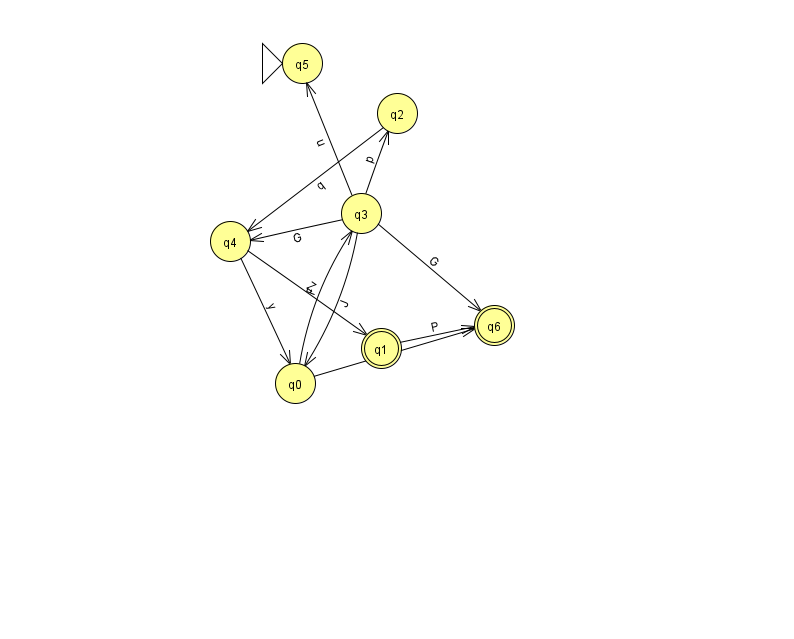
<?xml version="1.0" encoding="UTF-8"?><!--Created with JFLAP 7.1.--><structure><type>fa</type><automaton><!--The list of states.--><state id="0" name="q0"><x>295.0</x><y>370.0</y></state><state id="1" name="q1"><x>381.0</x><y>335.0</y><final/></state><state id="2" name="q2"><x>397.0</x><y>100.0</y></state><state id="3" name="q3"><x>361.0</x><y>200.0</y></state><state id="4" name="q4"><x>230.0</x><y>228.0</y></state><state id="5" name="q5"><x>302.0</x><y>50.0</y><initial/></state><state id="6" name="q6"><x>494.0</x><y>312.0</y><final/></state><!--The list of transitions.--><transition><from>0</from><to>6</to><read>F</read></transition><transition><from>3</from><to>2</to><read>p</read></transition><transition><from>0</from><to>3</to><read>F</read></transition><transition><from>3</from><to>6</to><read>G</read></transition><transition><from>4</from><to>0</to><read>y</read></transition><transition><from>2</from><to>4</to><read>q</read></transition><transition><from>3</from><to>4</to><read>G</read></transition><transition><from>4</from><to>1</to><read>Z</read></transition><transition><from>3</from><to>5</to><read>u</read></transition><transition><from>1</from><to>6</to><read>P</read></transition><transition><from>3</from><to>0</to><read>J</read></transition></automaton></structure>